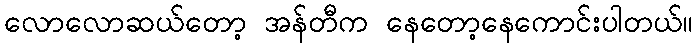
လောလောဆယ်တော့ အန်တီက နေတော့နေကောင်းပါတယ်။